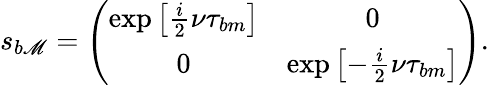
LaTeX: s_{b\mathscr{M}}=\left(\begin{array}{cc}{\exp\left[\frac{i}{2}\nu\tau_{bm}\right]}&{0}\\ {0}&{\exp\left[-\frac{i}{2}\nu\tau_{bm}\right]}\end{array}\right).